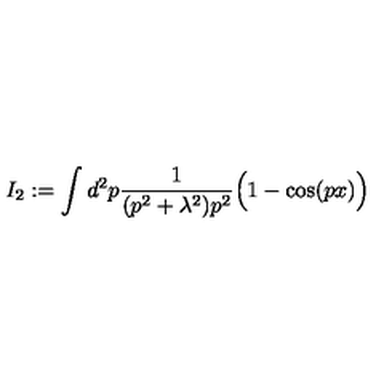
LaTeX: I _ { 2 } : = \int d ^ { 2 } p \frac { 1 } { ( p ^ { 2 } + \lambda ^ { 2 } ) p ^ { 2 } } \Big ( 1 - \cos ( p x ) \Big )